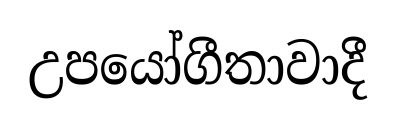
උපයෝගීතාවාදී